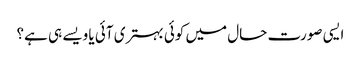
ایسی صورت حال میں کوئی بہتری آئی یا ویسے ہی ہے؟